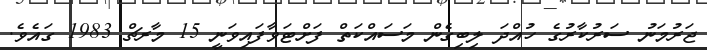
ޖަރުމަނު ސަރުކާރުގެ ހުއްދަ ލިބިގެން މަސައްކަތް ފަށްޓަވާފައިވަނީ 15 މާރޗް 1983 ގައެވެ.